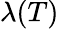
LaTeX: \lambda(T)